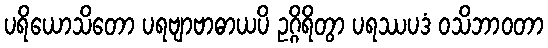
ပရိယောသိတော ပရဗျာဗာဓာယပိ ဥဂ္ဂိရိတွာ ပရဿပဒံ ဝသိဘာဝတာ